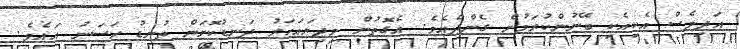
އަދިވެސް އެކިއެކި ބޭނުންކުރަމުން ގެންދެއެވެ. އެގޮތުން މިދިޔައަހަރު ދަނޑުކޮށަން ތުނޑު ހަސަނު އައެވެ.